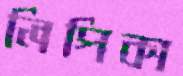
লিপিকা